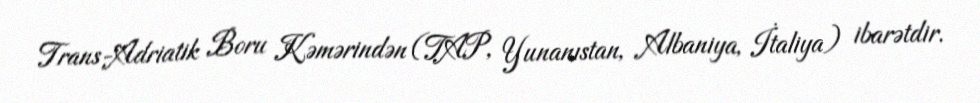
Trans-Adriatik Boru Kəmərindən (TAP, Yunanıstan, Albaniya, İtaliya) ibarətdir.